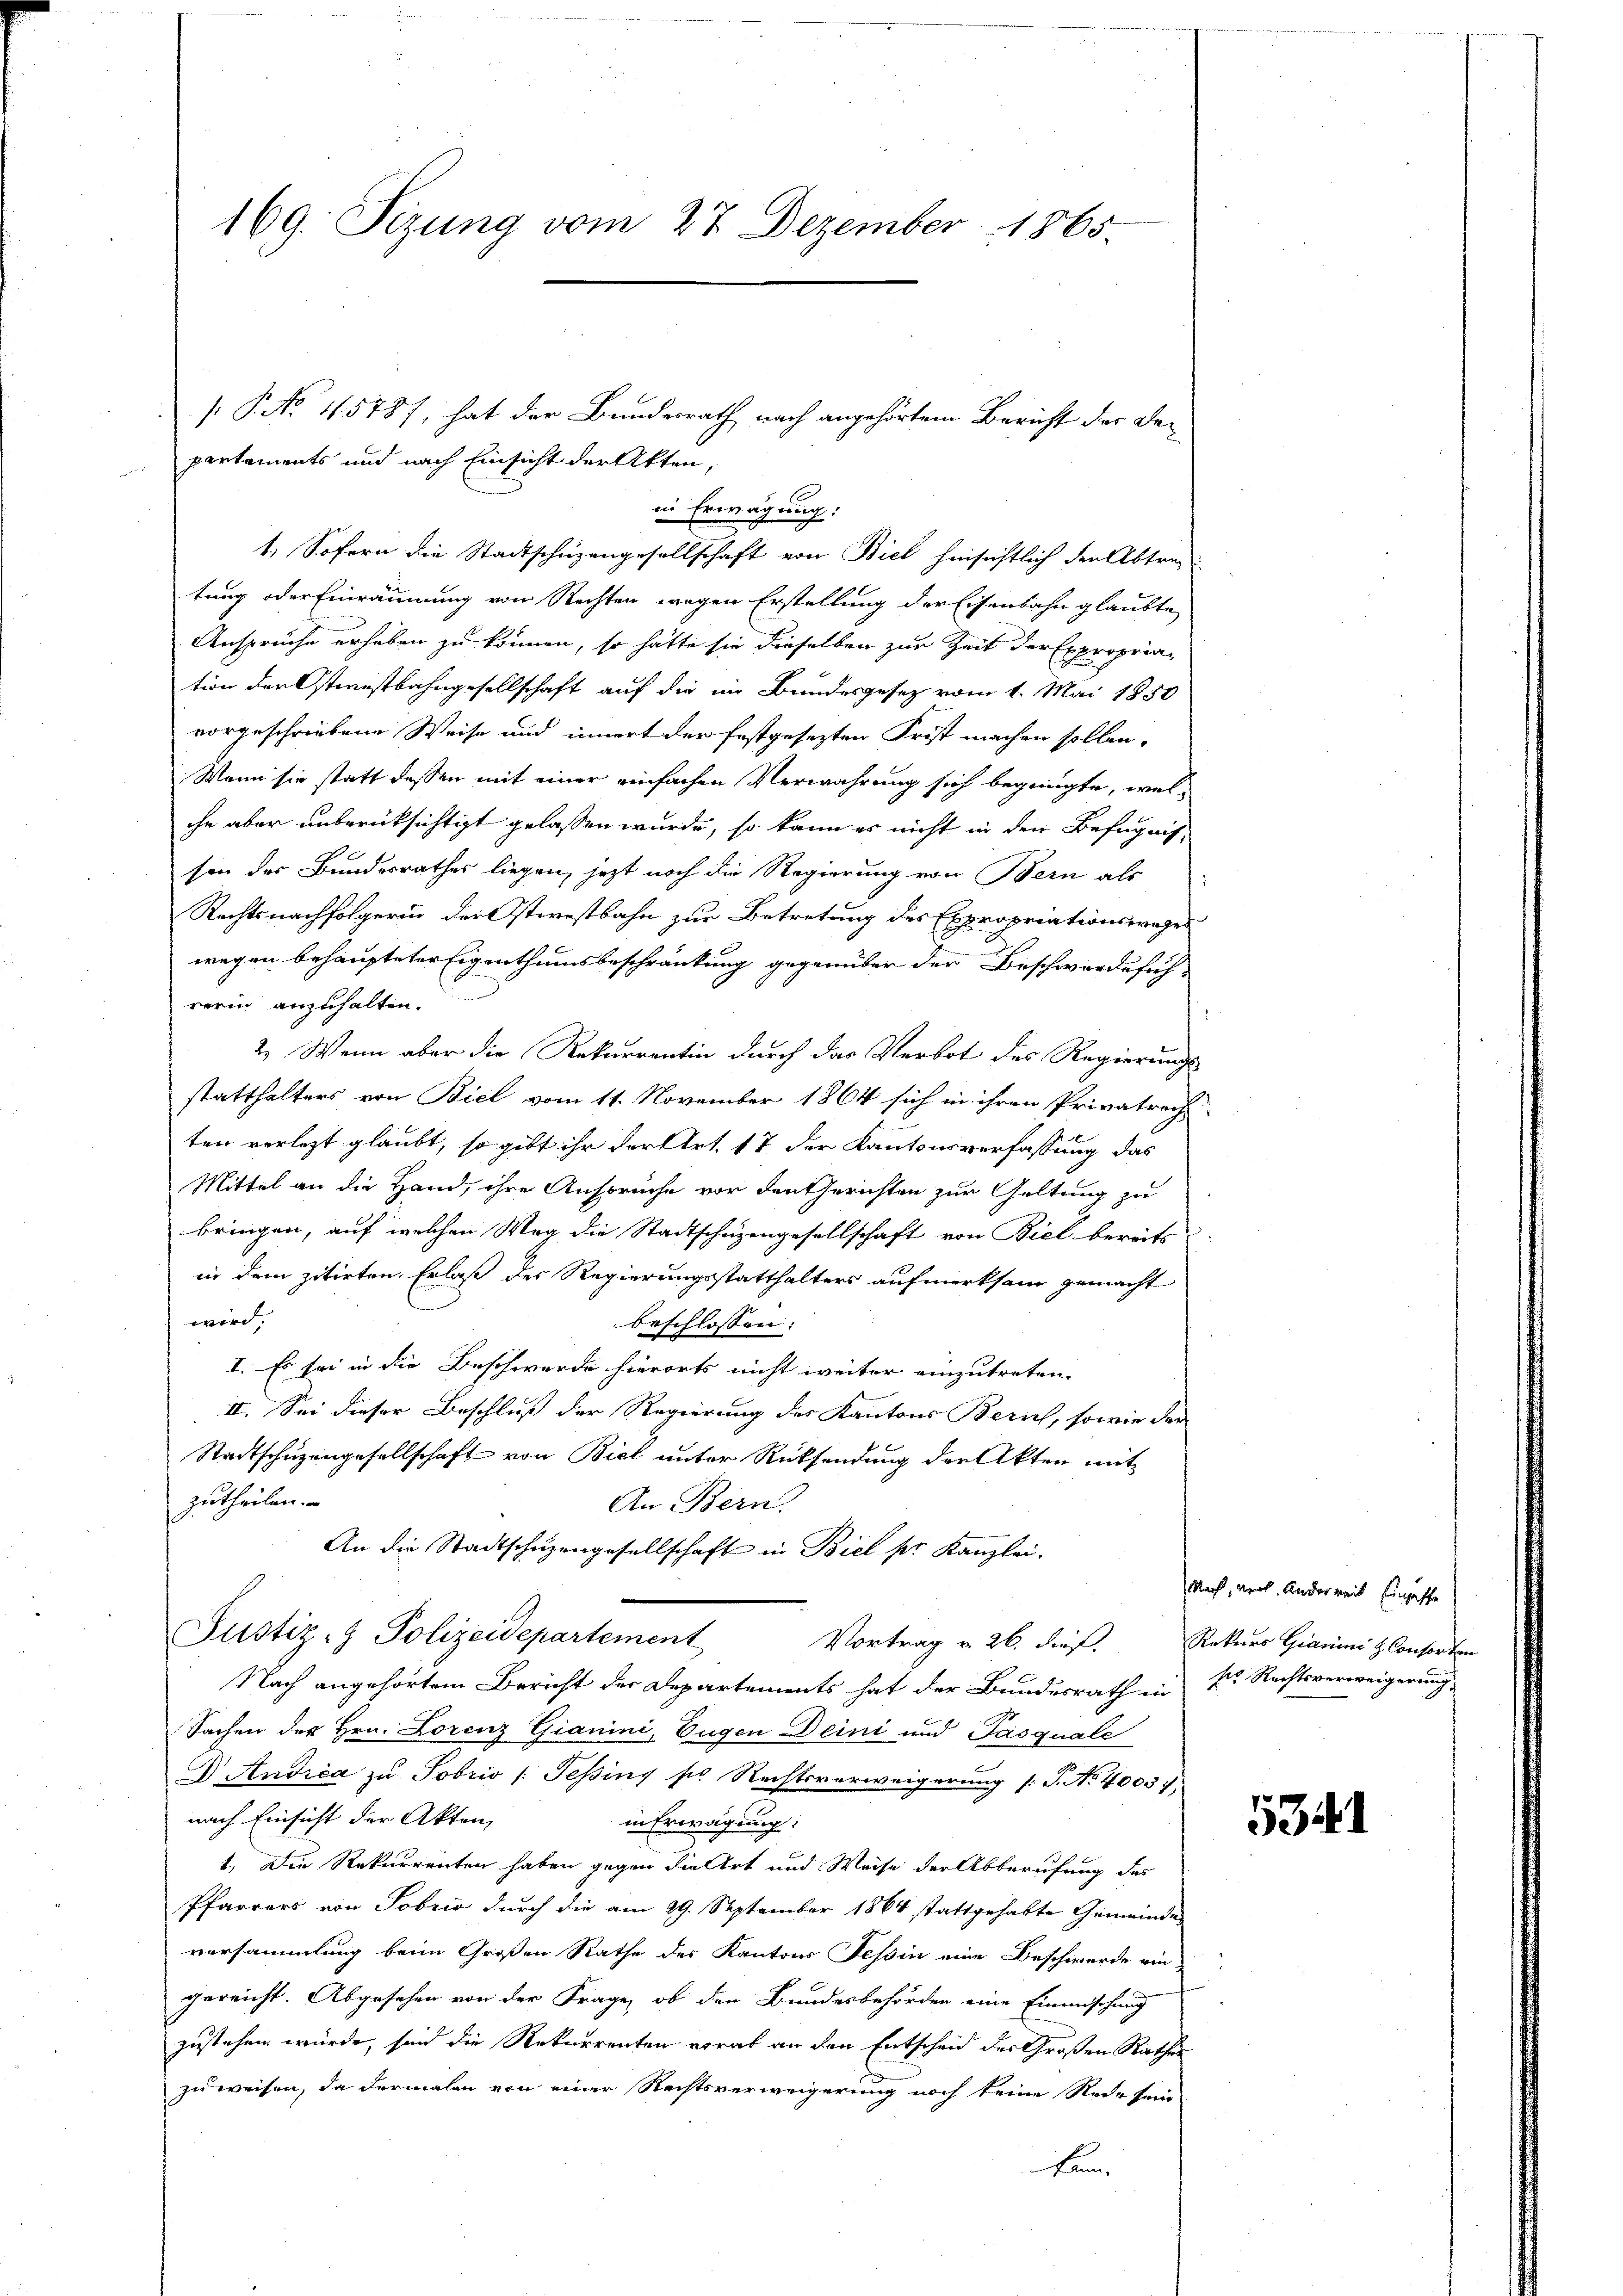
169. Seizung vom 27. Dezember 1865.

partaments und nach Einsicht der Akten,
in Erwägung:
1. Sofern die Stadtschüzengesellschaft von Biel hinsichtlich der Abtre-
tung oder Einräumung von Rechten wegen Erstellung der Eisenbahn glaubte
Anspruche erheben zu können, so hätte sie dieselben zur Zeit der Expropriation der Osternstbahngesellschaft auf die im Bundesgesetz vom 1. Mai 1850
vorgeschriebene Weise und innert der festgesezten Frist machen sollen.
Wann sie statt dessen mit einer einfachen Verwahrung sich begnügte, welche aber unberücksichtigt gelassen wurde, so kann es nicht in den Befugnis,
son der Bundesrathes liegen, jetzt noch die Regierung von Bern als
Rechtsnachfolgerin der Ostwestbahn zur Betretung des Expropriationsweges
wegen behaupteter Eigenthumsbeschränkung gegenüber der Beschwerdefüh-
rerin anzuhalten.
2.) Wenn aber die Rekurrentin durch das Verbot des Regierungs-
statthalters von Biel vom 11. November 1864 sich in ihren Privatrech
ten verlezt glaubt, so gibt ihr der Art. 17 der Kantonsverfassung das
Mittel an die Hand, ihre Anspruche vor den Gerichten zur Geltung zu
bringen, auf welchen Weg die Stadtschuzengesellschaft von Biel bereits
in dem zitirten Erlaß der Regierungsstatthalters aufmerksam gemacht
wird.
beschlossen:
I. Es sei in die Beschwerde hierorts nicht weiter einzutreten.
II. Sei dieser Beschluß der Regierung des Kantons Zürich, sowie der
Stadtschuzengesellschaft von Biel unter Rücksendung der Akten mit
zutheilen.
An Bern.
An die Stadtschuzengesellschaft in Biel pr. Kanzlei.
Justiz- & Polizeidepartement
Vortrag v. 26. dieß.
Nach angehörtem Bericht der Departements hat der Bundesrath in Dr. Rechtsverweigerung,
Sachen der Hrn. Lorenz Gianini, Eugen Deini und Pasquale
D Andrea zu Fobris /: Tessins ses Rechtsverweigerung [S. Nr. 40037,
nach Einsicht der Akten,
in Erwägung:
t. Die Rekurrenten haben gegen die Art und Weise der Abberufung des
Pfarrers von Tobris durch die am 29. September 1864 stattgehabte Gemeindes
versammlung beim Großen Rathe des Kantons Tessin eine Beschwerde ein
gereicht. Abgesehen von der Frage, ob den Bundesbehörden eine Einmischung
zustehen würde, sind die Rekurrenten vorab an den Entscheid des Großen Rathes
zu weisen, da dermalen von einer Rechtsverweigerung noch keine Rede sein
kam.

[P. No. 45787, hat der Bundesrath nach angehörtem Bericht der De¬

Nach, vor. Anderweit Eingaffe
Rekurs Granini H. Consorten

5341